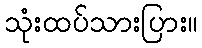
သုံးထပ်သားပြား။